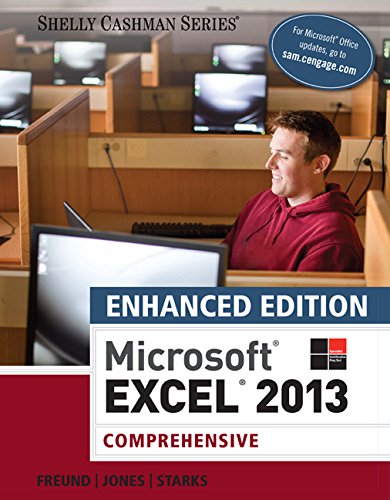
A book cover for Enhanced Microsoft Excel 2013: Comprehensive (Microsoft Office 2013 Enhanced Editions); Steven M. Freund; Computers & Technology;